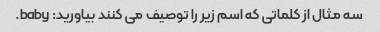
سه مثال از کلماتی که اسم زیر را توصیف می کنند بیاورید: baby.